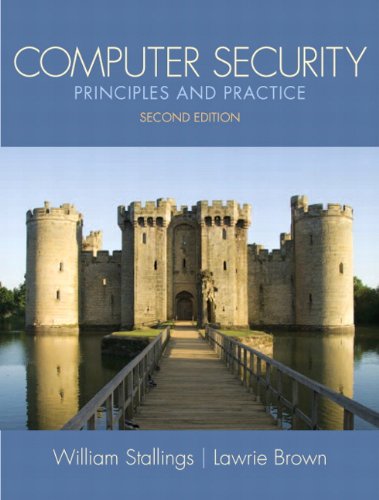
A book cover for Computer Security: Principles and Practice (2nd Edition) (Stallings); William Stallings; Computers & Technology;